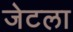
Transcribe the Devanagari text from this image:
जेटला